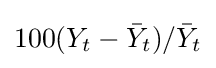
100(Y_{t}-{\bar {Y}}_{t})/{\bar {Y}}_{t}